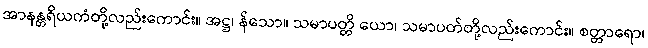
အာနန္တရိယကံတို့လည်းကောင်း။ အဋ္ဌ၊ န်သော။ သမာပတ္တိ ယော၊ သမာပတ်တို့လည်းကောင်း။ စတ္တာရော၊